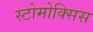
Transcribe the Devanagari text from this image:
स्टोमोक्सिस